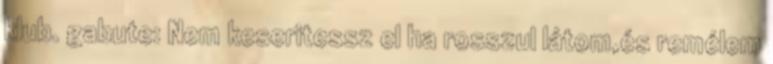
klub. gabute: Nem keseritessz el ha rosszul látom,és remélem